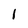
Character: 1